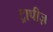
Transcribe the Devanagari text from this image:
ट्रापीज़